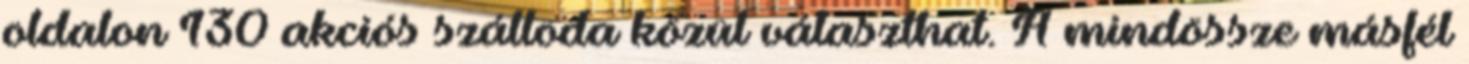
oldalon 130 akciós szálloda közül választhat. A mindössze másfél